Medical and sanitary report of the native army of Bengal for the year
Year: 1874
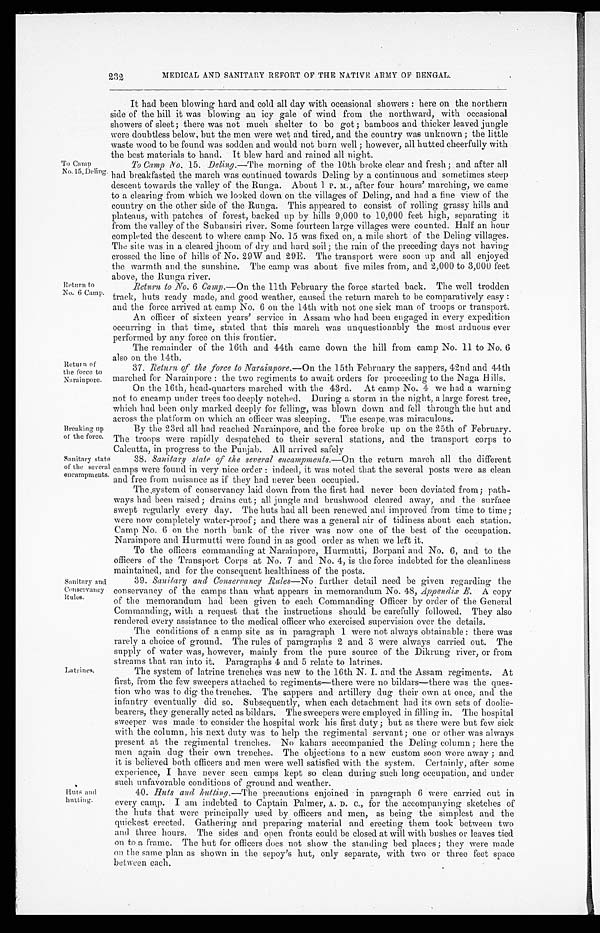
232
MEDICAL AND SANITARY REFORT OF THE NATIVE ARMY OF BENGAL.
To Camp
No. 15, Deling.
Returrn to
No. 6 Camp.
Return of
the force to
Narainpore.
It had been blowing hard and cold all day with occasional showers : here on the northern
side of the hill it was blowing an icy gale of wind from the northward, with occasional
showers of sleet; there was not much shelter to be got ; bamboos and thicker leaved jungle
were doubtless below, but the men were wet and tired, and the country was unknown ; the little
waste wood to be found was sodden and. would not burn well ; however, all hutted cheerfully with
the best materials to hand. It blew hard and rained all night.
To Camp No. 15. Deling.—The morning of the 10th broke clear and fresh; and after all
had breakfasted the march was continued towards Deling by a continuous and sometimes steep
descent towards the valley of the Runga. About 1 P. M., after four hours' marching, we came
to a clearing from which we looked clown on the villages of Deling, and had a fine view of the
country on the other side of the Runga. This appeared to consist of rolling grassy hills and
plateaus, with patches of forest, backed up by hills 9,000 to 10,000 feet high, separating it
from the valley of the Subansiri river. Some fourteen large villages were counted. Half an hour
completed the descent to where camp No. 15 was fixed on, a mile short of the Deling villages.
The site was in a cleared jhoom of dry and hard soil; the rain of the preceding days not having
crossed the line of hills of No. 29W and 29E. The transport were soon up and all enjoyed
the warmth and the sunshine. The camp was about five miles from, and 2,000 to 3,000 feet
above, the Runga river.
Return to No. 6 Camp.—On the 11th February the force started back. The well trodden
track, huts ready made, and good weather, caused the return march to be comparatively easy
and the force arrived at camp No. 6 on the 14th with not one sick man of troops or transport.
An officer of sixteen years' service in Assam who had been engaged in every expedition
occurring in that time, stated that this march was unquestionably the most arduous ever
performed by any force on this frontier.
The remainder of the 16th and 44th came down the hill from camp No. 11 to No. 6
also on the 14th.
37. Return of the . force to Narainpore.— On the 15th February the sappers, 42nd and 44th
marched for Narainpore : the two regiments to await orders for proceeding to the Naga Hills.
On the 16th, head-quarters marched with the 43rd. At camp No. 4 we had a warning
not to encamp under trees too deeply notched. During a storm in the night, a large forest tree,
which had been only marked deeply for felling, was blown down and fell through the hut and
across the platform on which an officer was sleeping. The escape . was miraculous.
Breaking up
of the force.
By the 23rd all had reached Narainpore, and the force broke up on the 25th of February.
The troops were rapidly despatched to their several stations, and the transport corps to
Calcutta. in progress to the Punjap. All arrived safely.
Sanitary state
of the several
encampments.
Sanitary and
Conservancy
Rules.
38. Sanitary state of the several eneampments.—On the return march all the different
camps were found in very nice order : indeed, it was noted that the several posts were as clean
and free from nuisance as if' they had never been occupied.
The system of conservancy laid down from the first had never been deviated from; path-
ways had been raised; drains cut ; all jungle and brushwood cleared away, and the surface
swept regularly every clay. The huts had all been renewed and improved from time to time;
were now completely water-proof; and there was a general air of tidiness about each station.
Camp No. 6 on the north bank of the river was now one of the best of the occupation.
Narainpore and Hurmutti were found in as good order as when we left it.
To the officers commanding at Narainpore, Hurmutti, Borpani and No. 6, and to the
officers of the Transport Corps at No. 7 and No. 4, is the force indebted for the cleanliness
maintained, and for the consequent healthiness of the posts.
39. Sanitary and Conservancy Rates—No further detail need be given regarding the
conservancy of the camps than what appears in memorandum No. 48, Appendix E. A copy
of the memorandum had been given to each Commanding Officer by order of the General
Commanding, with a request that the instructions should be carefully followed. They also
rendered every assistance to the medical officer who exercised supervision over the details.
The conditions of a camp site as in paragraph 1 were not always obtainable : there was
rarely a choice of ground. The rules of paragraphs 2 and 3 were always carried out. The
supply of water was, however, mainly from the pure source of the Dikrung river, or from
streams that ran into it. Paragraphs 4 and 5 relate to latrines.
Latrines.s.
Huts and
hutting.
The system of latrine trenches was new to the 16th N. and the Assam regiments. At
first, from the few sweepers attached to regiments—there were no bildars—there was the ques-
tion who was to dig the trenches. The sappers and artillery dug their own at once, and the
infantry eventually did so. Subsequently, when each detachment had its own sets of doolie-
bearers, they generally acted as bildars. The sweepers were employed in filling in. The hospital
sweeper was made to consider the hospital work his first duty; but as there were but few sick
with the column, his next duty was to help the regimental servant; one or other was always
present at the regimental trenches. No kahars accompanied the Deling column; here the
men again dug their own trenches. The objections to a new custom soon wore away ; and
it is believed both officers and men were well satisfied with the system. Certainly, after some
experience, I have never seen camps kept so clean during such long occupation, and under
such unfavorable conditions of ground and weather.
40. Ruts and hutting .—The precautions enjoined in paragraph 6 were carried out in
every camp. I am indebted to Captain Palmer, A. D. c., for the accompanying sketches of
the huts that were principally used by officers and men, as being the simplest and the
quickest erected. Gathering and preparing material and erecting them took between two
and three hours. The sides and open fronts could be closed at will with bushes or leaves tied
on to a frame. The hut for officers does not show the standing bed places ; they were made
on the same plan as shown in the sepoy's hut, only separate, with two or three feet space
between each.